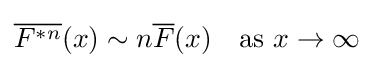
{\overline {F^{*n}}}(x)\sim n{\overline {F}}(x)\quad {\mbox{as }}x\to \infty